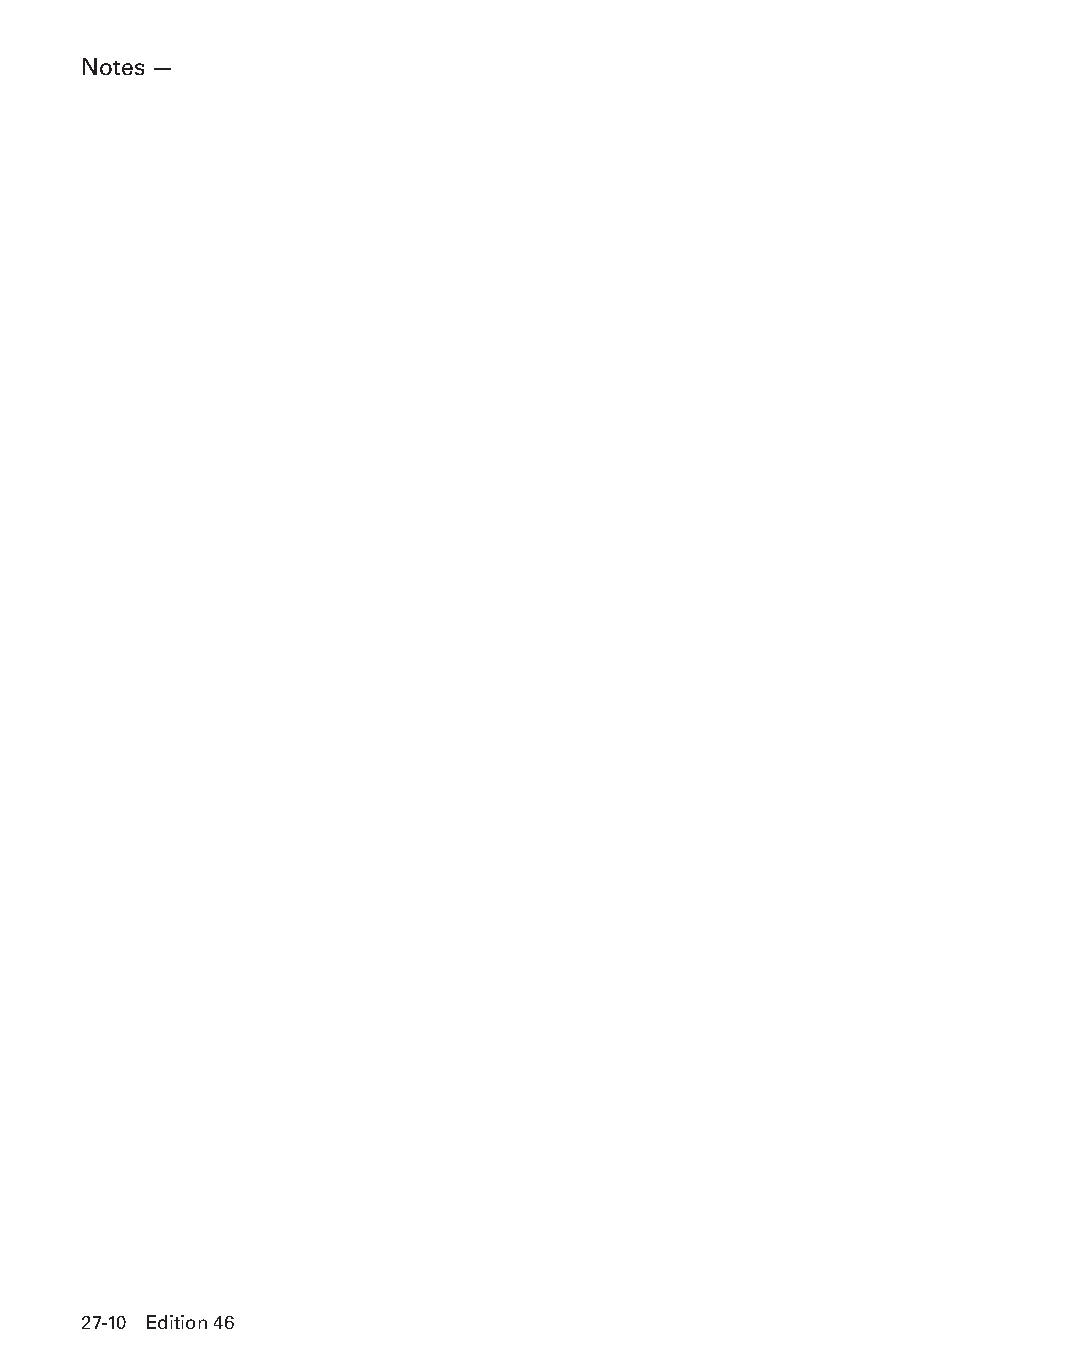
Notes —
 27-10 Edition 46
 PPHHBB--SSeecc2277--1166..iinndddd 1100                        1122//44//1155 1111::1199 AAMM